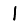
Digit: 1